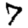
Digit: 7